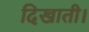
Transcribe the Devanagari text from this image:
दिखाती।